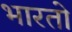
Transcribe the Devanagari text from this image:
भारताे